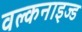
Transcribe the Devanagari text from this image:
वल्कनाइज्ड